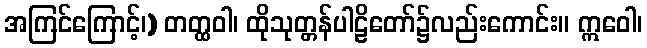
အကြင်ကြောင့်၊) တတ္ထဝါ၊ ထိုသုတ္တန်ပါဠိတော်၌လည်းကောင်း။ ဣဝေါ၊